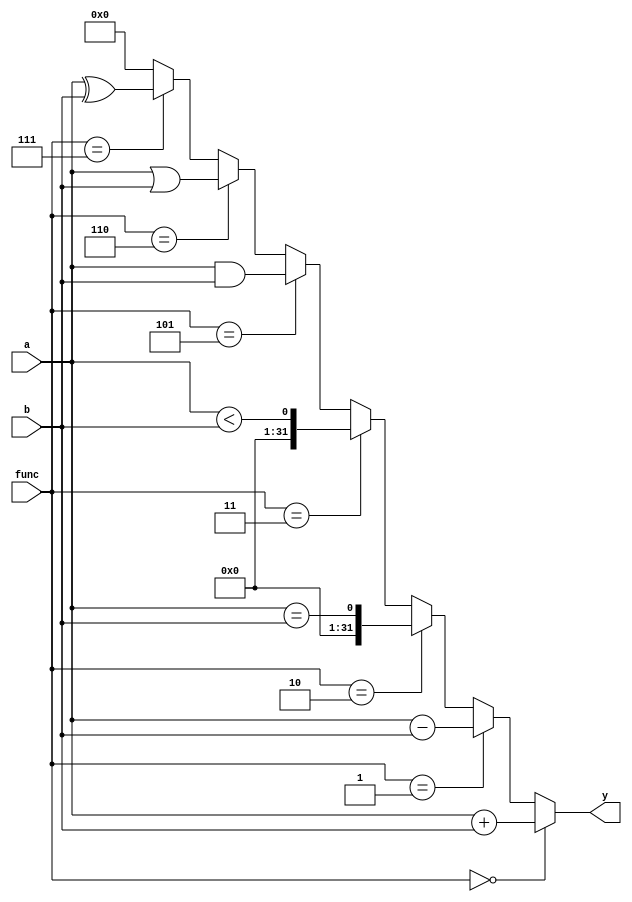
`timescale 1ns / 1ps

module alu #(parameter WIDTH = 32)(
input [WIDTH-1:0] a, b, 
input [3:0] func, 
output [WIDTH-1:0] y
);
reg [WIDTH-1:0] result;
assign y = result;

always @(*)
begin
    if (func == 4'b0000)
    begin
        result = a + b;
    end
    else
    if (func == 4'b0001)
    begin
        result = a - b;
    end
    else
    if (func == 4'b0010)
    begin
        result = a == b;
    end
    else
    if (func == 4'b0011)
    begin
        result = a < b;
    end
    else
    if (func == 4'b0101)
    begin
        result = a & b;
    end
    else
    if (func == 4'b0110)
    begin
        result = a | b;
    end
    else
    if (func == 4'b0111)
    begin
        result = a ^ b;
    end
    else
    begin
        result = 0;
    end
end
endmodule